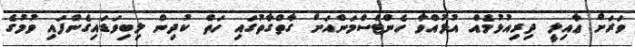
ވަރަށް ޢާއިލީ ދިރިއުޅުމެއް އުޅުއްވާ ހެންޓްސްމަންއަށް ގާތްގާތުގައި ހަތް ކުދިން ލިބިވަޑައިގެންފައި ވުމުގެ